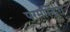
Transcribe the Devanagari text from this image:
परमस्ट्रिंग